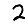
Digit: 2